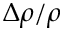
\Delta \rho / \rho